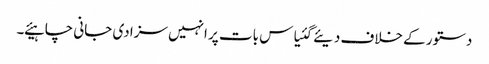
دستور کے خلاف دیئے گئیاس بات پر انہیں سزا دی جانی چاہیئے ۔